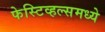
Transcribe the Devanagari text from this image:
फेस्टिव्हल्समध्ये